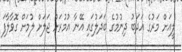
ލީއަށް މަރުގެ އަދަބު ދިނުމުގެ ބަދަލުގައި އޭނާ އުމުރަށް ޖަލަށް ލުމަށް ގޮވާލާފަ